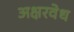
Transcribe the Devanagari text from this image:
अक्षरवेध